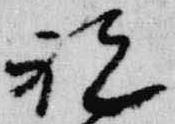
祝